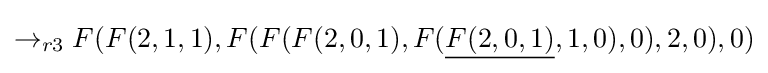
\rightarrow _{r3}F(F(2,1,1),F(F(F(2,0,1),F({\underline {F(2,0,1)}},1,0),0),2,0),0)